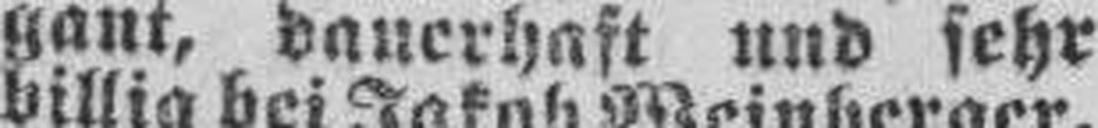
gant, dauerhaft und sehr